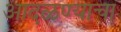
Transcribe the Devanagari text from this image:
आदळण्याचा